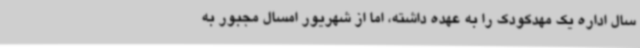
سال اداره یک مهدکودک را به عهده داشته، اما از شهریور امسال مجبور به